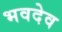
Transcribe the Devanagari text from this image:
भवदेव